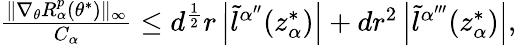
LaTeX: \begin{array}{r}{\frac{\| \nabla_{\theta}R_{\alpha}^{p}(\theta^{*})\| _{\infty}}{C_{\alpha}}\leq d^{\frac{1}{2}}r\left|\tilde{l}^{\alpha^{\prime\prime}}(z_{\alpha}^{*})\right|+dr^{2}\left|\tilde{l}^{\alpha^{\prime\prime\prime}}(z_{\alpha}^{*})\right|,}\end{array}